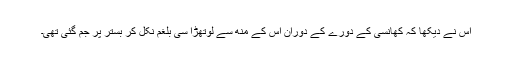
اس نے دیکھا کہ کھانسی کے دورے کے دوران اس کے مُنھ سے لوتھڑا سی بلغم نکل کر بستر پر جم گئی تھی۔